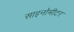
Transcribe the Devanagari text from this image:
साइनोमीटर